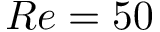
R e = 5 0